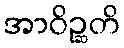
အာဝိဉ္ဆတိ